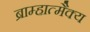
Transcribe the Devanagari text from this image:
ब्राम्हात्मैक्य